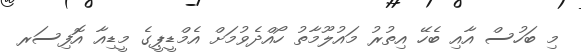
މި ބަހުސް އާއި ބެހޭ އިތުރު މައުލޫމާތު ހޯއްދެވުމަށް އެމްޑީޕީގެ މީޑިއާ އޮފިސަރ